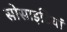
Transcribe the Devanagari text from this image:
सोसाइटियां